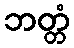
ဘတ္တံ